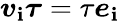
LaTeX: \boldsymbol{v}_{\mathbf{i}}\boldsymbol{\tau}=\tau\boldsymbol{e}_{\mathbf{i}}